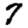
Digit: 7